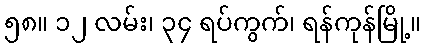
၅၈။ ၁၂ လမ်း၊ ၃၄ ရပ်ကွက်၊ ရန်ကုန်မြို့။